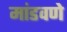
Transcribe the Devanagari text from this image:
मांडवणे